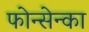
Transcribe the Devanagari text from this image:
फोन्सेन्का